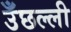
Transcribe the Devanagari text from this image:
उँछल्ली